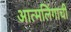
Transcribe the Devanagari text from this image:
आत्मलिंगाची